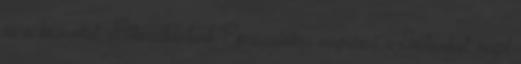
és a környéket. Átkocsikáztunk Egerszalókra megnézni a Sódombot, majd